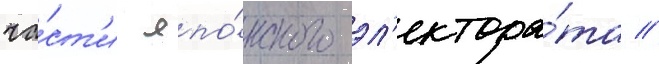
ча́ст'и япо́нского эл'ектора́та //